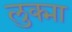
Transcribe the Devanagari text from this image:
लुक्मा